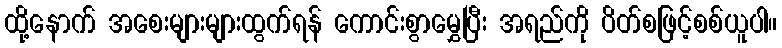
ထို့နောက် အစေးများများထွက်ရန် ကောင်းစွာမွှေပြီး အရည်ကို ပိတ်စဖြင့်စစ်ယူပါ။